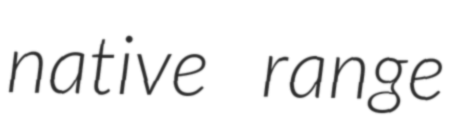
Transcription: native range